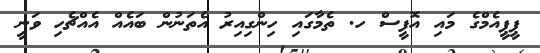
ޕީޕީއެމްގެ މައި އޮފީސް ހ. ތެމާގައި ހިންގިއިރު އެތަނުން ބައެއް އެއްޗެހި ވަނީ